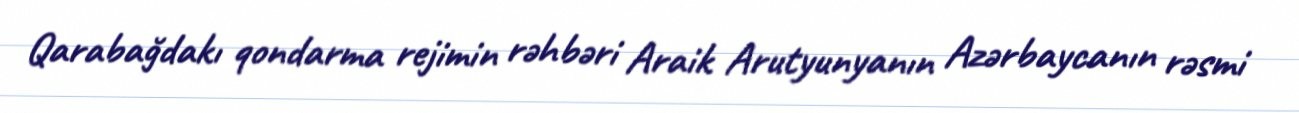
Qarabağdakı qondarma rejimin rəhbəri Araik Arutyunyanın Azərbaycanın rəsmi